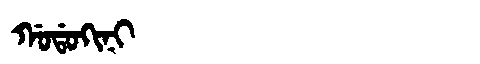
Manchu: ᡤᠣᡩᠣᡴᡳᠨᡳ
Romanization: GODOKINI